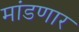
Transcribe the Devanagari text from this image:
मांडणार